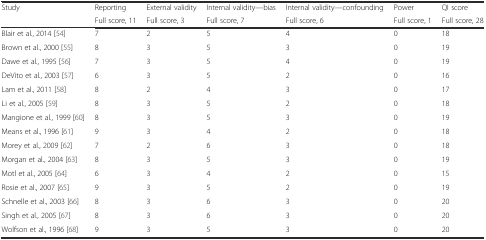
<table><thead><tr><td rowspan="2"><b>Study</b></td><td><b>Reporting</b></td><td><b>External validity</b></td><td><b>Internal validity—bias</b></td><td><b>Internal validity—confounding</b></td><td><b>Power</b></td><td><b>QI score</b></td></tr><tr><td><b>Full score, 11</b></td><td><b>Full score, 3</b></td><td><b>Full score, 7</b></td><td><b>Full score, 6</b></td><td><b>Full score, 1</b></td><td><b>Full score, 28</b></td></tr></thead><tbody><tr><td>Blair et al., 2014 [54]</td><td>7</td><td>2</td><td>5</td><td>4</td><td>0</td><td>18</td></tr><tr><td>Brown et al., 2000 [55]</td><td>8</td><td>3</td><td>5</td><td>3</td><td>0</td><td>19</td></tr><tr><td>Dawe et al., 1995 [56]</td><td>7</td><td>3</td><td>5</td><td>4</td><td>0</td><td>19</td></tr><tr><td>DeVito et al., 2003 [57]</td><td>6</td><td>3</td><td>5</td><td>2</td><td>0</td><td>16</td></tr><tr><td>Lam et al., 2011 [58]</td><td>8</td><td>2</td><td>4</td><td>3</td><td>0</td><td>17</td></tr><tr><td>Li et al., 2005 [59]</td><td>8</td><td>3</td><td>5</td><td>2</td><td>0</td><td>18</td></tr><tr><td>Mangione et al., 1999 [60]</td><td>8</td><td>3</td><td>5</td><td>3</td><td>0</td><td>19</td></tr><tr><td>Means et al., 1996 [61]</td><td>9</td><td>3</td><td>4</td><td>2</td><td>0</td><td>18</td></tr><tr><td>Morey et al., 2009 [62]</td><td>7</td><td>2</td><td>6</td><td>3</td><td>0</td><td>18</td></tr><tr><td>Morgan et al., 2004 [63]</td><td>8</td><td>3</td><td>5</td><td>3</td><td>0</td><td>19</td></tr><tr><td>Motl et al., 2005 [64]</td><td>6</td><td>3</td><td>4</td><td>2</td><td>0</td><td>15</td></tr><tr><td>Rosie et al., 2007 [65]</td><td>9</td><td>3</td><td>5</td><td>2</td><td>0</td><td>19</td></tr><tr><td>Schnelle et al., 2003 [66]</td><td>8</td><td>3</td><td>6</td><td>3</td><td>0</td><td>20</td></tr><tr><td>Singh et al., 2005 [67]</td><td>8</td><td>3</td><td>6</td><td>3</td><td>0</td><td>20</td></tr><tr><td>Wolfson et al., 1996 [68]</td><td>9</td><td>3</td><td>5</td><td>3</td><td>0</td><td>20</td></tr></tbody></table>